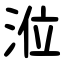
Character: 涖